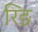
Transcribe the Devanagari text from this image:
रिङ